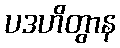
ပဒဟိတွာန